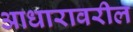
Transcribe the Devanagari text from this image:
आधारावरील